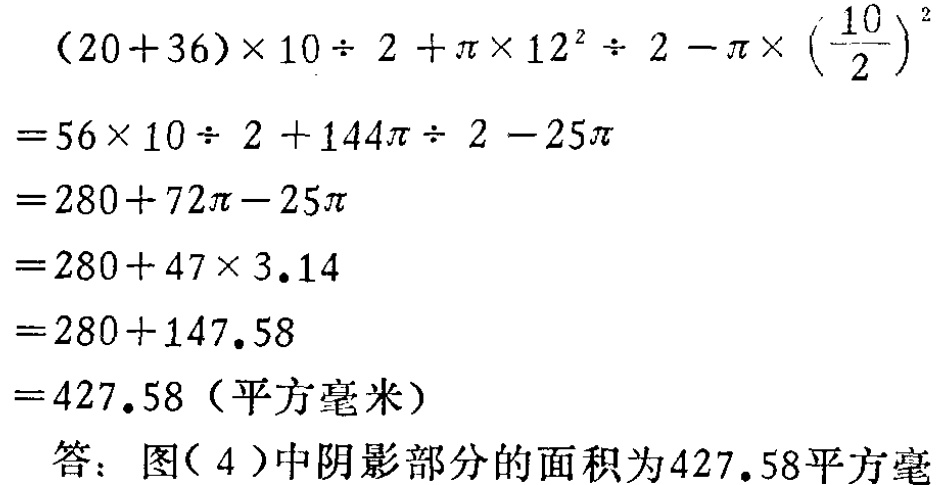
\[

\begin{align*}

&(20 + 36)\times10\div2+\pi\times12^{2}\div2-\pi\times\left(\frac{10}{2}\right)^{2}\\

=&56\times10\div2 + 144\pi\div2-25\pi\\

=&280 + 72\pi-25\pi\\

=&280+47\times3.14\\

=&280 + 147.58\\

=&427.58 \text{（平方毫米）}

\end{align*}

\]

答：图( 4 )中阴影部分的面积为427.58平方毫